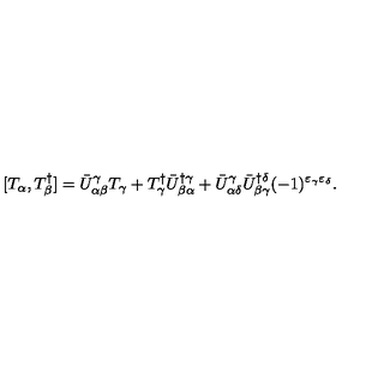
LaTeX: [ T _ { \alpha } , T _ { \beta } ^ { \dagger } ] = \bar { U } _ { \alpha \beta } ^ { \gamma } T _ { \gamma } + T _ { \gamma } ^ { \dagger } \bar { U } _ { \beta \alpha } ^ { \dagger \gamma } + \bar { U } _ { \alpha \delta } ^ { \gamma } \bar { U } _ { \beta \gamma } ^ { \dagger \delta } ( - 1 ) ^ { \varepsilon _ { \gamma } \varepsilon _ { \delta } } .